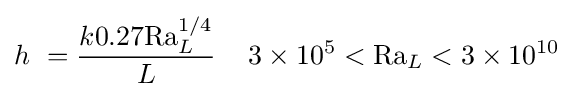
h\ ={\frac {k0.27\mathrm {Ra} _{L}^{1/4}}{L}}\,\quad 3\times 10^{5}<\mathrm {Ra} _{L}<3\times 10^{10}